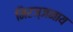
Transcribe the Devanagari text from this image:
निरञ्जनाय